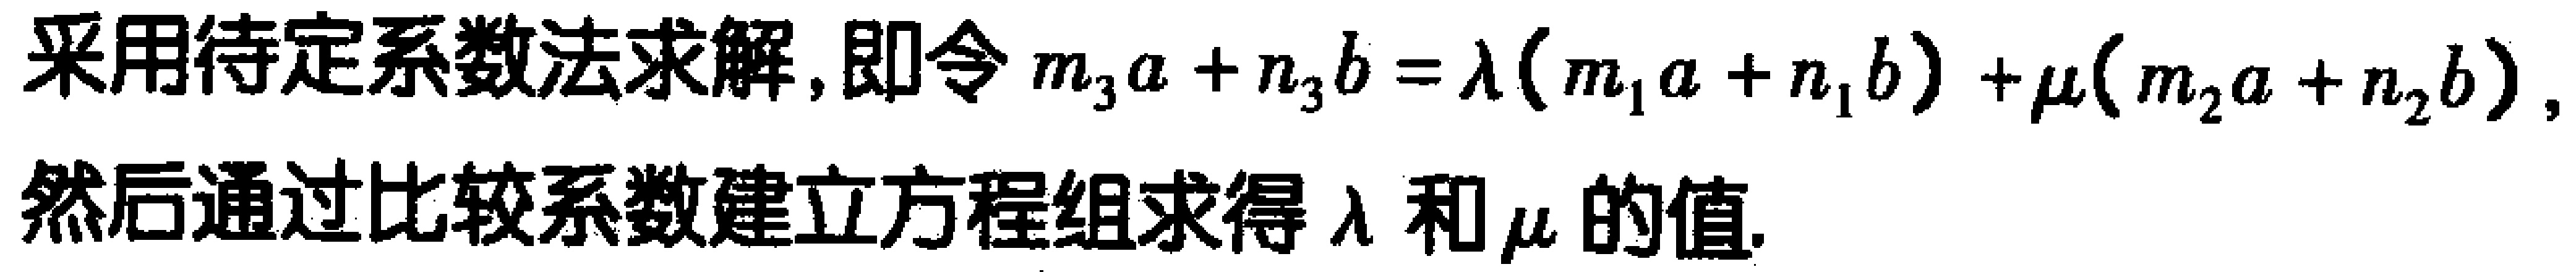
采用待定系数法求解,即令\(m_{3}a + n_{3}b = \lambda(m_{1}a + n_{1}b) + \mu(m_{2}a + n_{2}b)\),然后通过比较系数建立方程组求得\(\lambda\)和\(\mu\)的值.